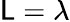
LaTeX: \mathsf{L}=\lambda